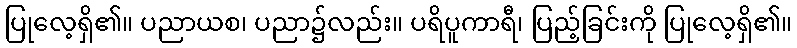
ပြုလေ့ရှိ၏။ ပညာယစ၊ ပညာ၌လည်း။ ပရိပူကာရီ၊ ပြည့်ခြင်းကို ပြုလေ့ရှိ၏။